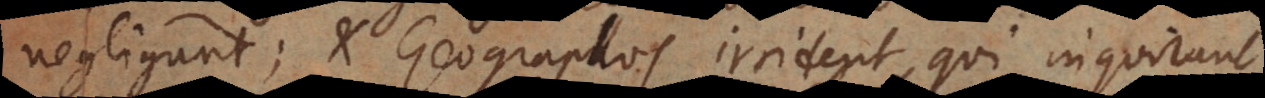
negligunt; et Geographos irrident, qui inquirunt